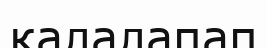
қалалапап